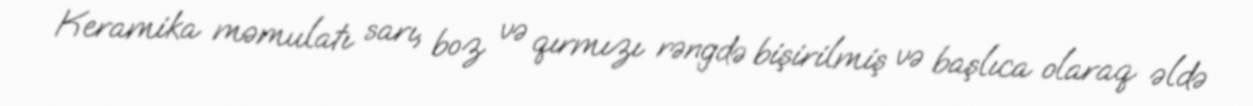
Keramika məmulatı sarı, boz və qırmızı rəngdə bişirilmiş və başlıca olaraq əldə